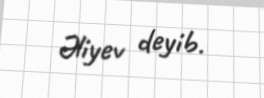
Əliyev deyib.